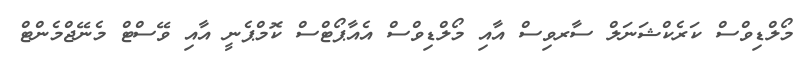
މޯލްޑިވްސް ކަރެކްޝަނަލް ސާރވިސް އާއި މޯލްޑިވްސް އެއާޕޯޓްސް ކޮމްޕެނީ އާއި ވޭސްޓް މެނޭޖްމެންޓް